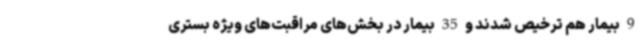
9 بیمار هم ترخیص شدند و 35 بیمار در بخش‌های مراقبت‌های ویژه بستری